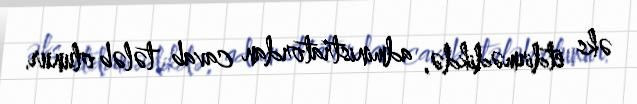
əks etdirmədikdə, administratordan cavab tələb olunur.